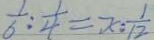
\frac { 1 } { 6 } : \frac { 1 } { 4 } = x : \frac { 1 } { 1 2 }